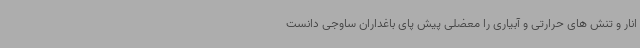
انار و تنش های حرارتی و آبیاری را معضلی پیش پای باغداران ساوجی دانست